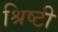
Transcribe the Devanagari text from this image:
श्रिष्टी